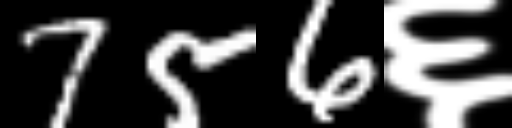
Text: 756६